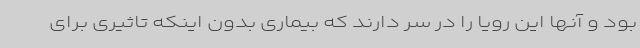
بود و آنها این رویا را در سر دارند که بیماری بدون اینکه تاثیری برای